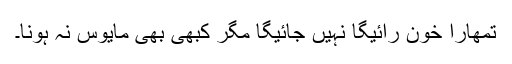
تمھارا خون رائیگا نہیں جائیگا مگر کبھی بھی مایوس نہ ہونا۔